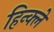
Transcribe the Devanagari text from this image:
हिन्क्ले